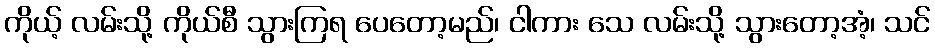
ကိုယ့် လမ်းသို့ ကိုယ်စီ သွားကြရ ပေတော့မည်၊ ငါကား သေ လမ်းသို့ သွားတော့အံ့၊ သင်